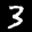
Label: 3